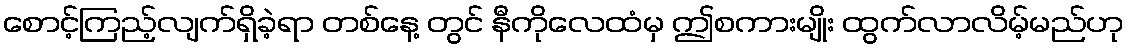
စောင့်ကြည့်လျက်ရှိခဲ့ရာ တစ်နေ့ တွင် နီကိုလေထံမှ ဤစကားမျိုး ထွက်လာလိမ့်မည်ဟု